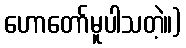
ဟောတော်မူပါသတဲ့။)